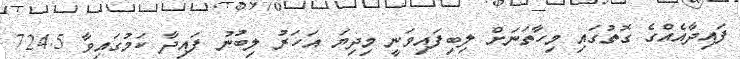
ފައިދާއެއްގެ ގޮތުގައި މިހާތަނަށް ލިބިފައިވަނީ މިދިޔަ އަހަރު ލިބުނު ފައިދާ ކަމުގައިވާ 724.5